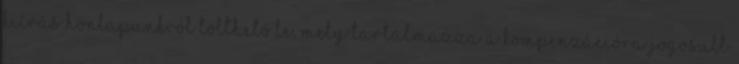
kiírás honlapunkról tölthető le, mely tartalmazza a kompenzációra jogosult